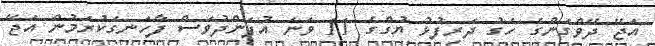
އަޖޭ ދޭވްގަންގެ ހަގު ދަރިފުޅު ޔުގްގެ 11 ވަނަ އުފަންދުވަސް ފާހަނގަކުރަމުން އަޖޭ